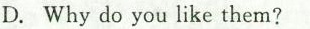
D.Why do you like them?